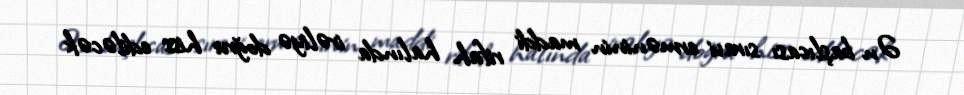
Ən başlıcası sıravi erməninin maddi rifah halında irəliyə doğru hiss ediləcək